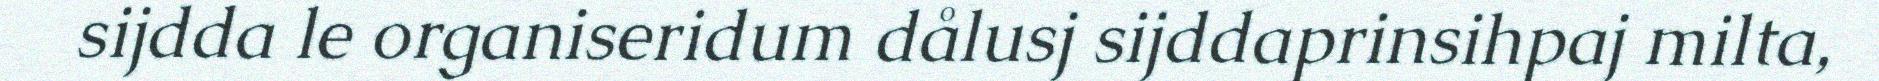
sijdda le organiseridum dålusj sijddaprinsihpaj milta,